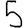
Digit: 5